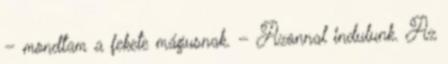
– mondtam a fekete mágusnak. – Azonnal indulunk. Az